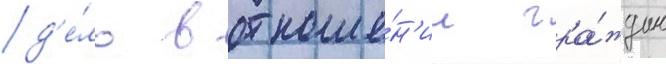
д'е́ло в отноше́н'ии гра́ждан